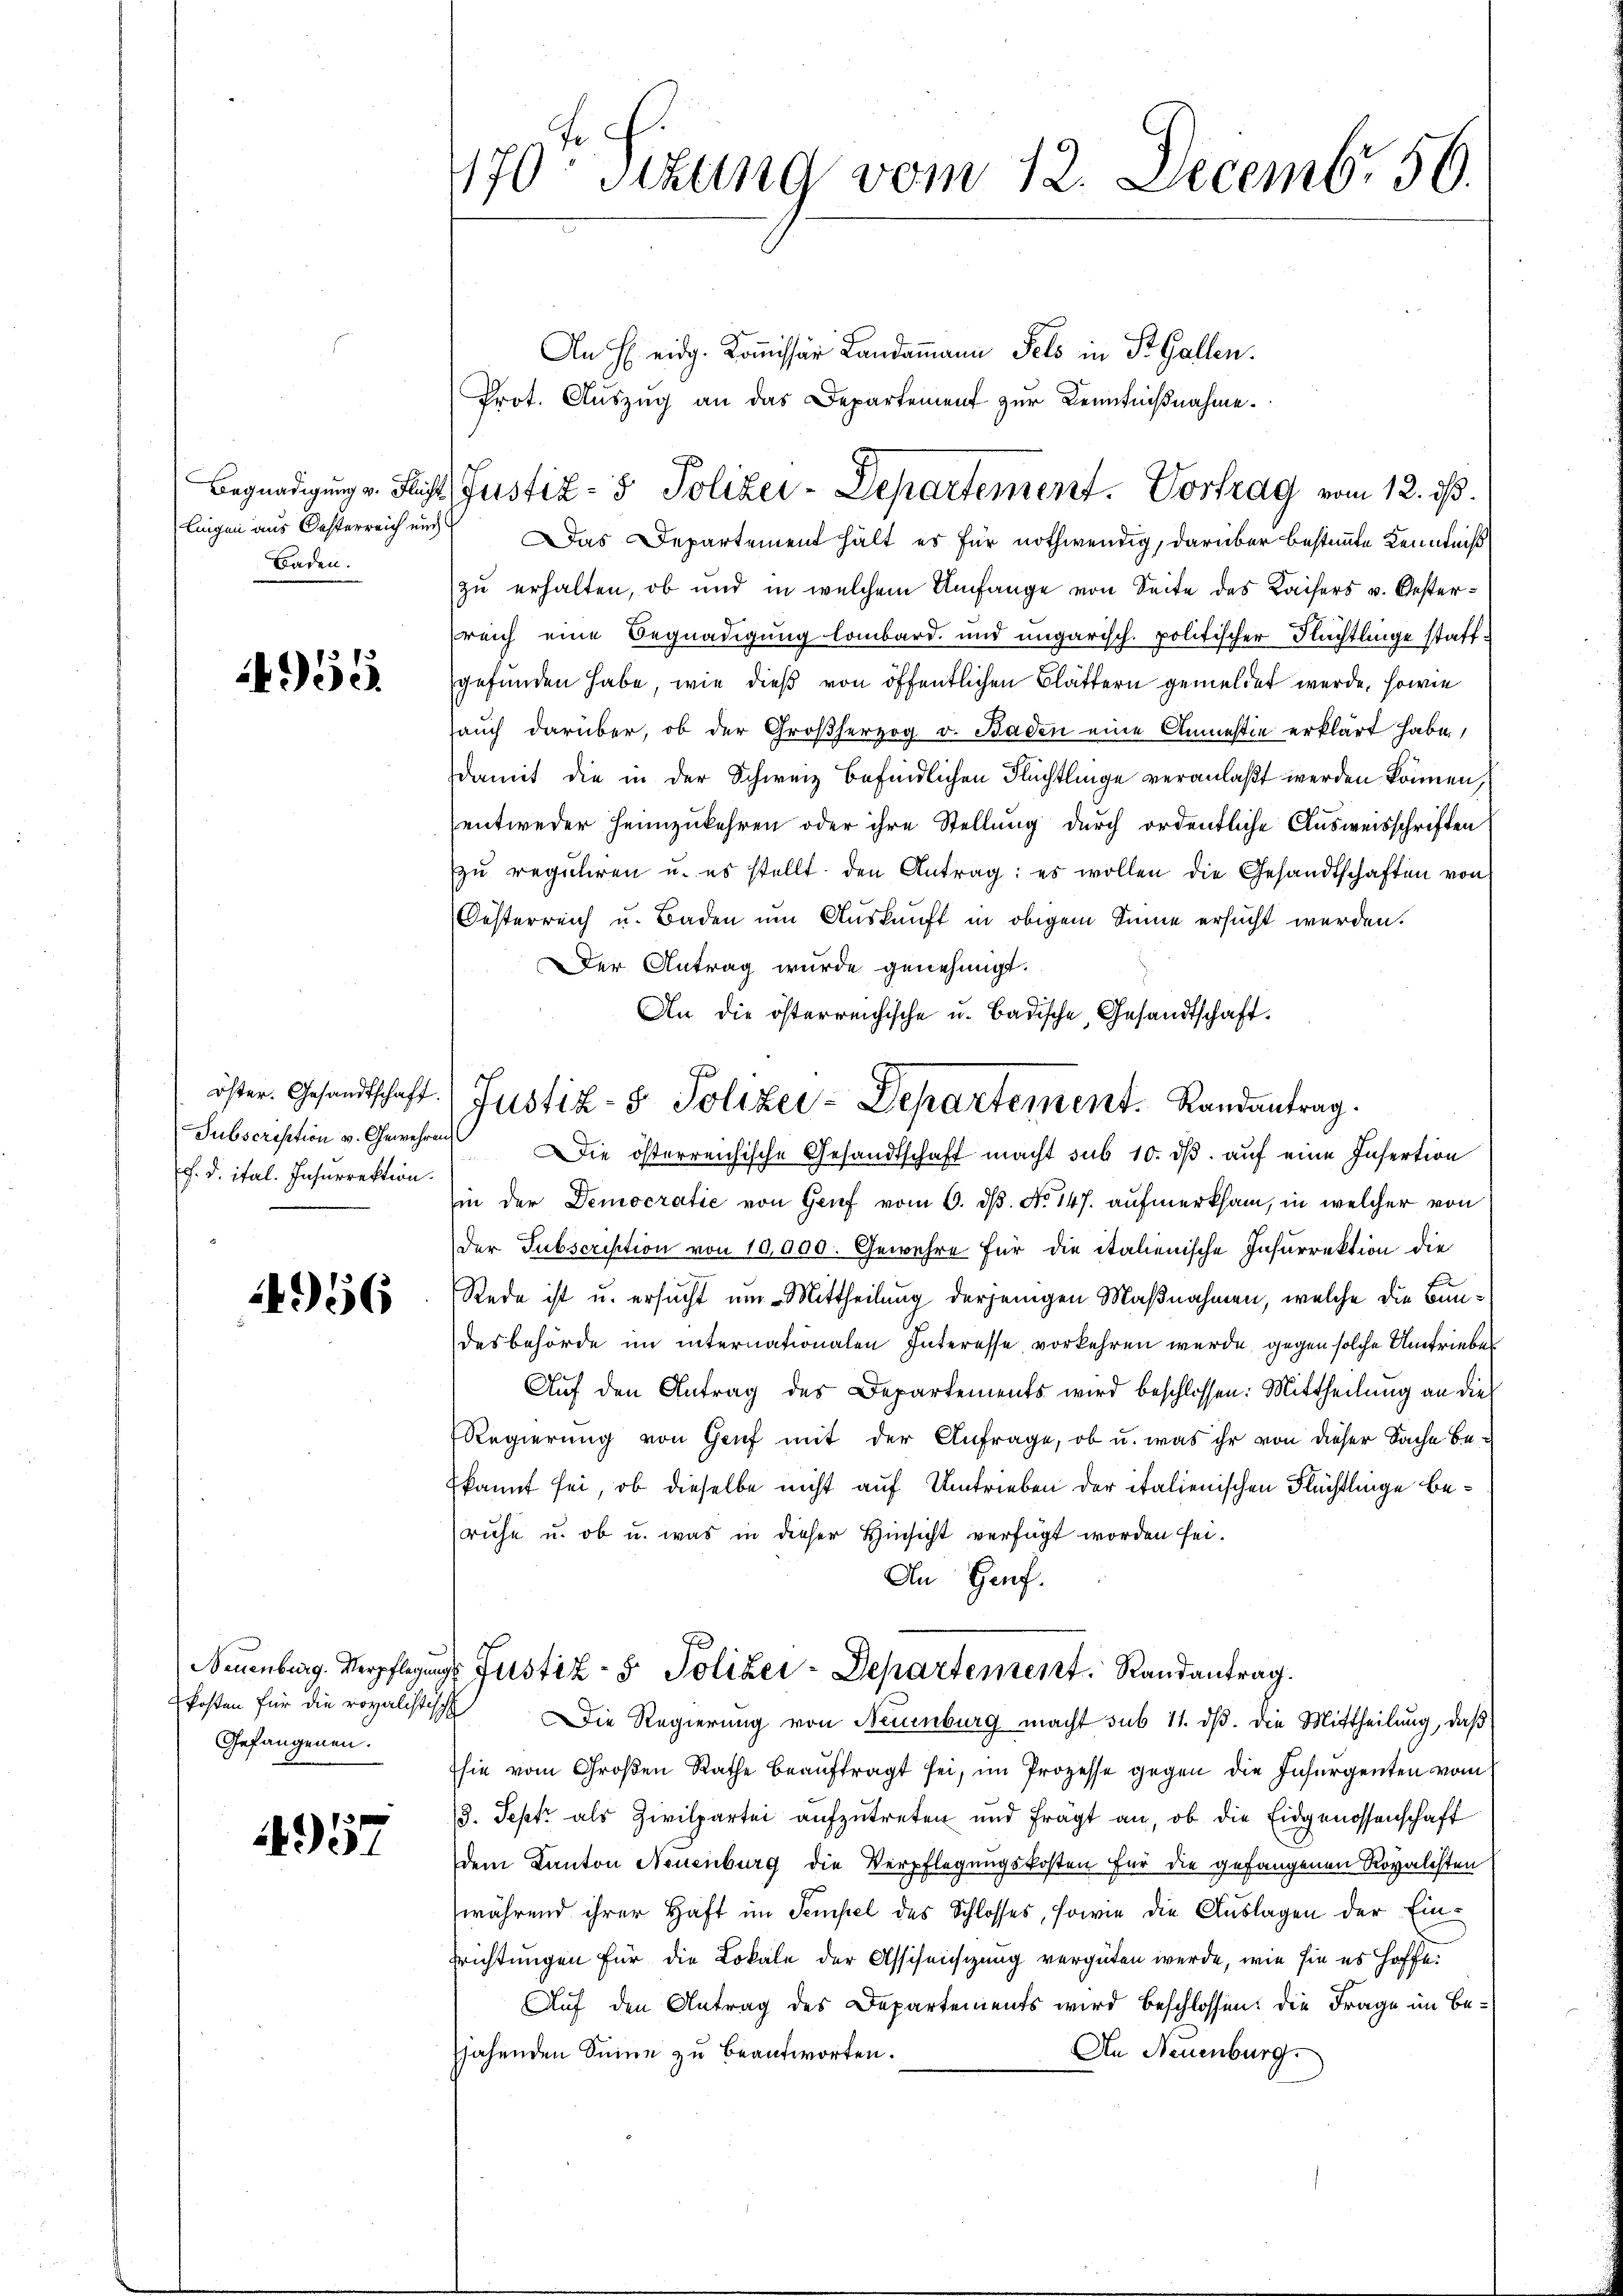
Begnadigung v. Flug
lingen aus Oesterreich um
Baden.

4955

öster. Gesandtschaft.
Subscrisation v. Gewehre
f. d. ital. Insurrektion.

4956

kosten für die royalistisch
Gefangenen.

4957

70 sitting vom 12. Decemb. 56.
.

An H eidg. Kommissär Landammann Fels in St. Gallen.
t
as Departement hält es für nothwendig, darüber bestimmte Kenntniß
zu erhalten, ob und in welchem Umfange von Seite des Kaisers v. Oesterreich eine Begnadigung lombard. und ungarisch. politischer Flüchtlinge stattgefunden habe, wie dieß von öffentlichen Blättern gemeldet werde, sowie
auch darüber, ob der Großherzog v. Baden eine Anmestie erklärt habe,
damit die in der Schweiz befindlichen Flüchtlinge veranlaßt werden können,
entweder heimzukehren oder ihre Stellung durch ordentliche Ausweisschriften
zu reguliren u. es stellt den Antrag: es wollen die Gesandtschaften von
Oesterreich u. Baden um Auskunft in obigem Sinne ersucht werden.
Der Antrag wurde genehmigt.
An die österreichische u. Badische, Gesandtschaft.
Die österreichische Gesandtschaft macht sub 10. ds. auf eine Infertion
hin der Democratie von Genf vom 6. ds. No 147. aufmerksam, in welcher von
der Subscription von 10,000. Gewehre für die italienische Insurrektion die
Rede ist u. ersucht um Mittheilung derjenigen Maßnahmen, welche die Bundesbehörde im internationalen Interesse vorkehren wurde, gegen solche Umtriebe
Auf den Antrag des Departements wird beschlossen: Mittheilung an die
Regierung von Genf mit der Anfrage, ob u. was ihr von dieser Sache be-
kannt sei, ob dieselbe nicht auf Umtrieben der italienischen Flüchtlinge beruhe u. ob u. was in dieser Hinsicht verfügt worden sei.
An Genf.
Neuenburg. Verpflegungs Justiz- & Polizei-Departement Randantrag.
Die Regierung von Neuenburg macht sub 11. dβ. die Mittheilung, daß
sie vom Großen Rathe beauftragt sei, im Prozesse gegen die Insergenten vom
13. Sept als Zivilpartei aufzutreten und frägt an, ob die Eidgenossenschaft
dem Kanton Neuenburg die Verpflegungskosten für die gefangenen Rovalesten
(während ihrer Haft im Sempel des Schlosses, sowie die Auslagen der Ein¬
Trichtungen für die Lokale der Asschensizung vergüten werde, wie sie es hoffe.
Auf den Antrag des Departements wird beschlossen: die Frage im Be¬
An Neuenburg.
sahenden Seine zu beantworten.

Justiz- & Polizei-Departement. Landantrag.

Prot. Auszug an das Departement zur Kenntnißnahme.
F
Justiz- & Polizei-Departement. Vortrag vom 12. ds.